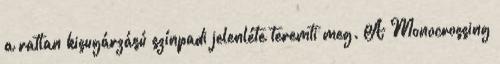
a ratlan kisugárzású színpadi jelenléte teremti meg. A Monocrossing